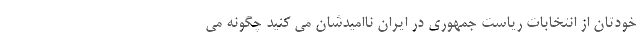
خودتان از انتخابات ریاست جمهوری در ایران ناامیدشان می کنید چگونه می